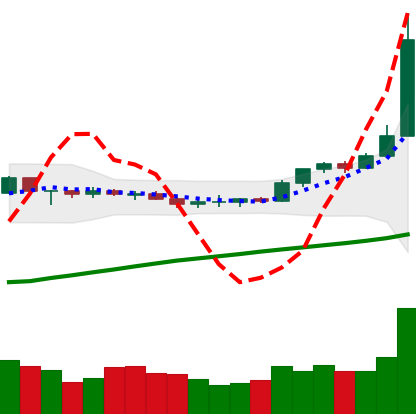
Ticker: BTC-USD
Chart end date: 2020-07-27
Forward return: 6.994%
Label: up_5_7